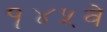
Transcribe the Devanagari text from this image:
१४५वे